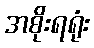
အစိုးရရုံး